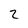
Character: 2